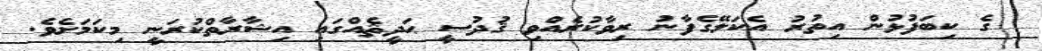
ގެ ކިބަފުޅުން އިތުރު އެކަލޭގެފާނު ރިވާކުރެއްވި ޤުދުސީ ޙަދީޘެއްގައި އިޝާރާތްކުރަނީ މިކަމަށެވެ.